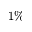
1 \%